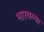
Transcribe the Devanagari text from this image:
भारवल्या